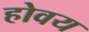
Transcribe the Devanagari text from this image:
होवय